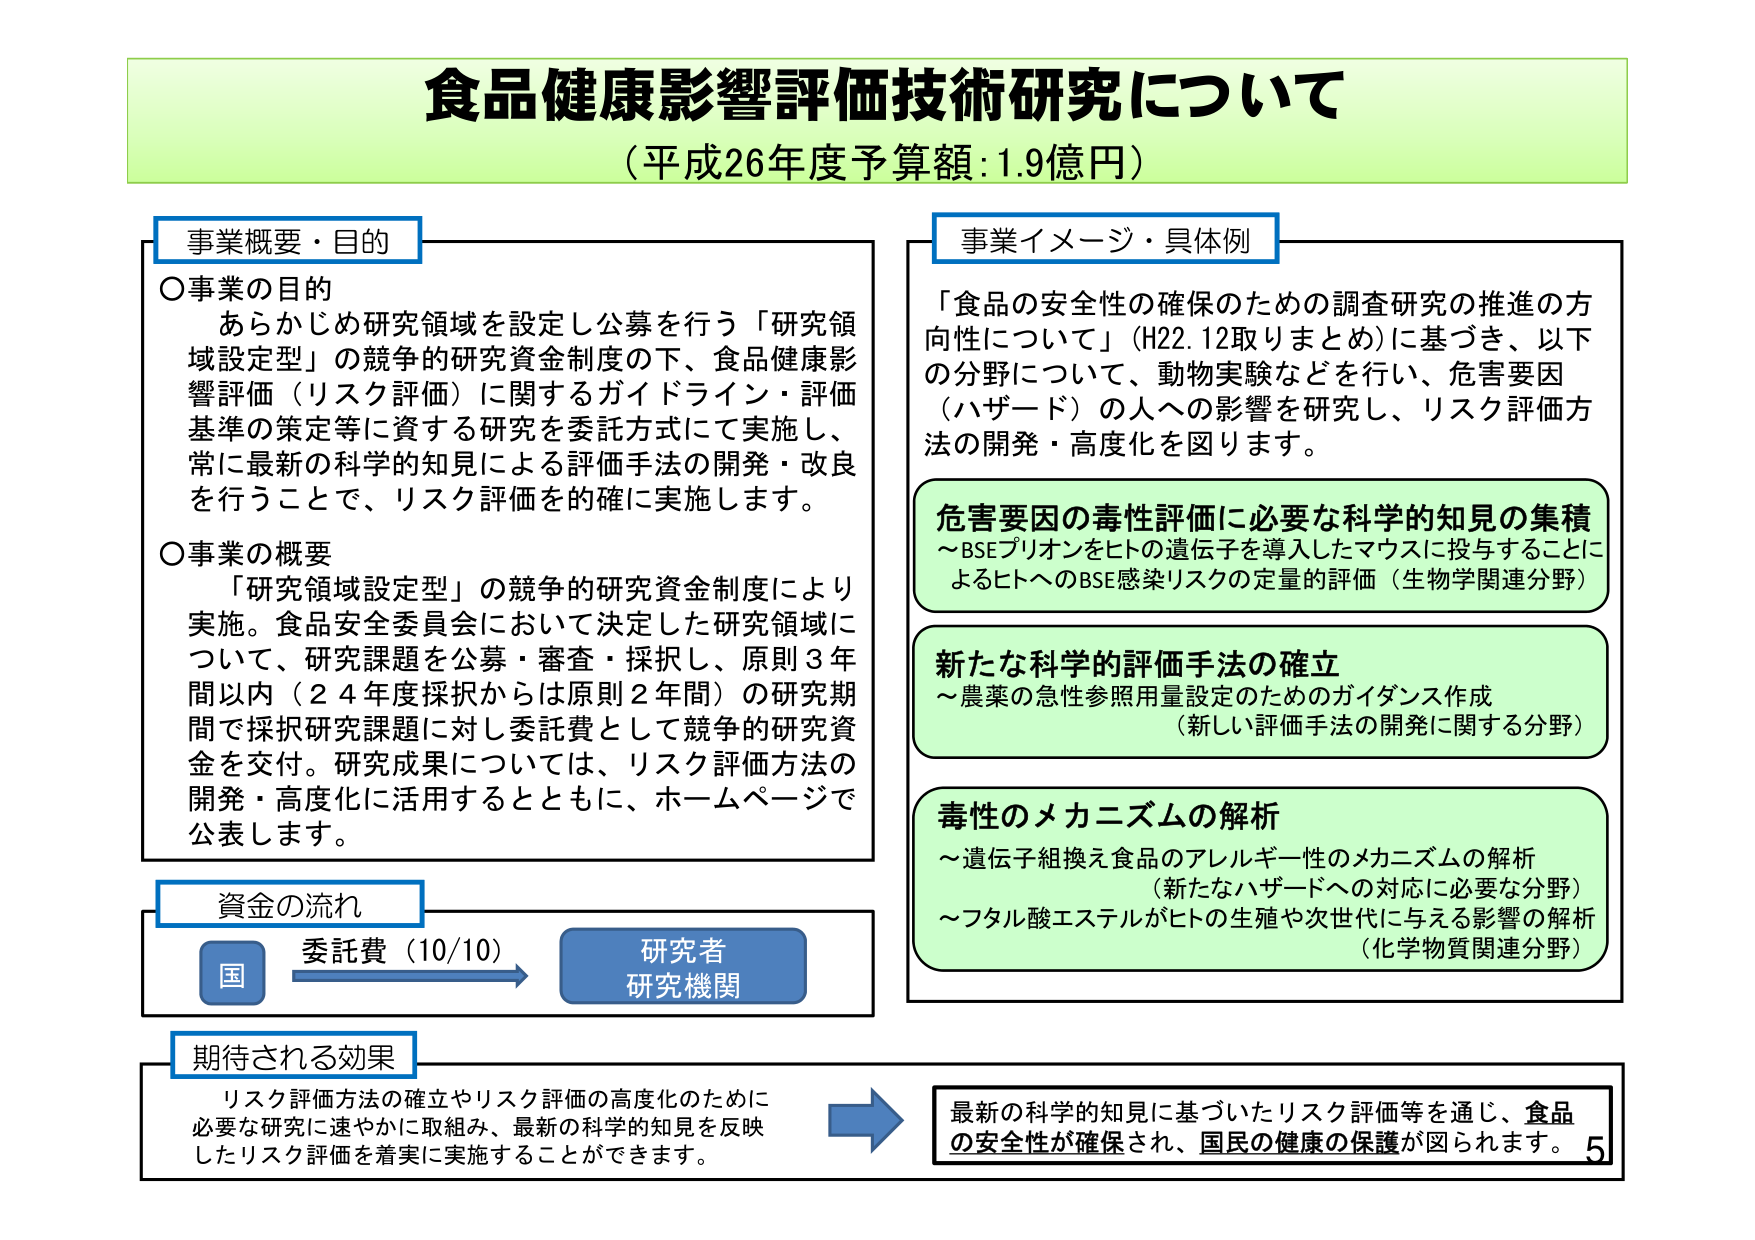
食品健康影響評価技術研究について
（平成26年度予算額：1.9億円）

事業概要・目的
〇事業の目的
　あらかじめ研究領域を設定し公募を行う「研究領域設定型」の競争的研究資金制度の下、食品健康影響評価（リスク評価）に関するガイドライン・評価基準の策定等に資する研究を委託方式にて実施し、常に最新の科学的知見による評価手法の開発・改良を行うことで、リスク評価を的確に実施します。
〇事業の概要
　「研究領域設定型」の競争的研究資金制度により実施。食品安全委員会において決定した研究領域について、研究課題を公募・審査・採択し、原則3年間以内（24年度採択からは原則2年間）の研究期間で採択研究課題に対し委託費として競争的研究資金を交付。研究成果については、リスク評価方法の開発・高度化に活用するとともに、ホームページで公表します。

事業イメージ・具体例
「食品の安全性の確保のための調査研究の推進の方向性について」（H22.12取りまとめ）に基づき、以下の分野について、動物実験などを行い、危害要因（ハザード）の人への影響を研究し、リスク評価方法の開発・高度化を図ります。

危害要因の毒性評価に必要な科学的知見の集積
～BSEプリオンをヒトの遺伝子を導入したマウスに投与することによるヒトへのBSE感染リスクの定量的評価（生物学関連分野）

新たな科学的評価手法の確立
～農薬の急性参照用量設定のためのガイダンス作成
（新しい評価手法の開発に関する分野）

毒性のメカニズムの解析
～遺伝子組換え食品のアレルギー性のメカニズムの解析
（新たなハザードへの対応に必要な分野）
～フタル酸エステルがヒトの生殖や次世代に与える影響の解析
（化学物質関連分野）

資金の流れ
国 → 委託費（10/10） → 研究者
　　　　　　　　　　　　　　研究機関

期待される効果
リスク評価方法の確立やリスク評価の高度化のために必要な研究に速やかに取組み、最新の科学的知見を反映したリスク評価を着実に実施することができます。
→ 最新の科学的知見に基づいたリスク評価等を通じ、食品の安全性が確保され、国民の健康の保護が図られます。
5